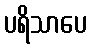
ပရိသာပေ